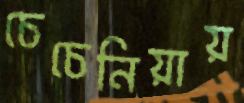
চেচেনিয়ায়